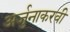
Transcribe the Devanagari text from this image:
अर्जुनाकरवी